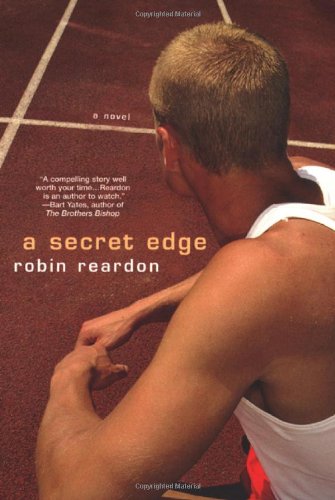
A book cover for A Secret Edge; Robin Reardon; Teen & Young Adult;